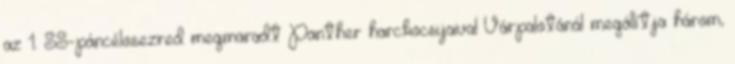
az 1. SS-páncélosezred megmaradt Panther harckocsijaival Várpalotánál megállítja három,